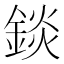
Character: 錟